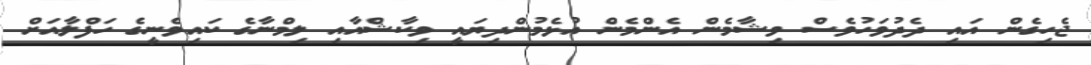
ޖެހިގެން އައި ދެދުވަހުވެސް ވިޝާމެން އެންމެން އުޅެމުންދިޔައީ ވިކާޝްއާއި ލިމްނާގެ ކައިވެނީގެ ހަފްލާއަށް